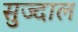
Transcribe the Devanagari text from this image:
सुज्दाल